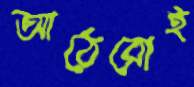
আঠেরোই